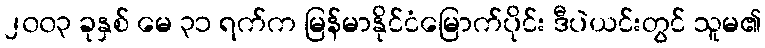
၂၀၀၃ ခုနှစ် မေ ၃၁ ရက်က မြန်မာနိုင်ငံမြောက်ပိုင်း ဒီပဲယင်းတွင် သူမ၏